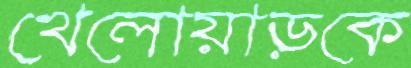
খেলোয়াড়কে